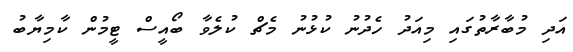
އަދި މުބާރާތުގައި މިއަދު ހެދުނު ކުޅުނު މެޗް ކުލެވާ ބޯއީސް ޓީމުން ކާމިޔާބު